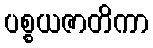
ပစ္စယဇာတိကာ